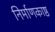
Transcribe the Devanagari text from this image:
निर्माणकाष्ठ